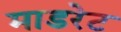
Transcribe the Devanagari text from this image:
माडरेट